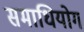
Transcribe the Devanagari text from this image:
समाधियोग